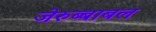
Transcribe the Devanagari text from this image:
जेरुब्बाबल